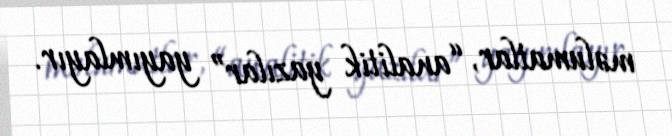
məlumatlar, “analitik yazılar” yayımlayır.